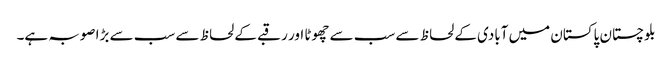
بلوچستان پاکستان میں آبادی کے لحاظ سے سب سے چھوٹا اور رقبے کے لحاظ سے سب سے بڑا صوبہ ہے۔